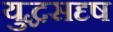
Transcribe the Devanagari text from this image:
युद्धसदृष